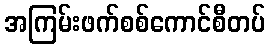
အကြမ်းဖက်စစ်ကောင်စီတပ်